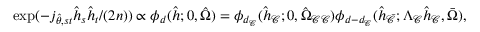
\begin{array} { r } { \exp ( - j _ { \hat { \theta } , s t } \hat { h } _ { s } \hat { h } _ { t } / ( 2 n ) ) \propto \phi _ { d } ( \hat { h } ; 0 , \hat { \Omega } ) = \phi _ { d _ { \mathcal { C } } } ( \hat { h } _ { \mathcal { C } } ; 0 , \hat { \Omega } _ { \mathcal { C } \mathcal { C } } ) \phi _ { d - d _ { \mathcal { C } } } ( \hat { h } _ { \bar { \mathcal { C } } } ; \Lambda _ { \mathcal { C } } \hat { h } _ { \mathcal { C } } , \bar { \Omega } ) , } \end{array}